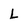
Character: L